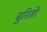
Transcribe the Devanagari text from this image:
बुरितो